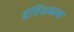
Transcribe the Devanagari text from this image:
इंविंशब्ल्स